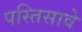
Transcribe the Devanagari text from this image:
पस्तिसावे